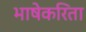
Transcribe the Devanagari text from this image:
भाषेकरिता